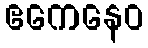
ဧကေနေဝ